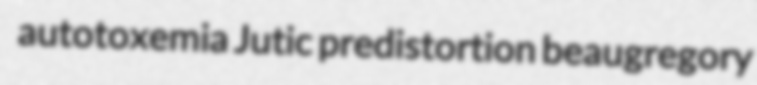
autotoxemia Jutic predistortion beaugregory